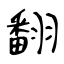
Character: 翻